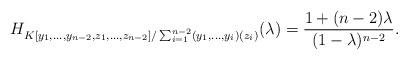
LaTeX: \begin{align*}H_{K[y_{1}, \ldots, y_{n-2}, z_{1}, \ldots, z_{n-2}] / \sum_{i = 1}^{n - 2} (y_{1}, \ldots, y_{i}) (z_{i})} (\lambda) = \frac{1 + (n-2)\lambda}{(1 - \lambda)^{n - 2}}. \end{align*}